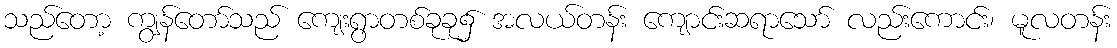
သည်တော့ ကျွန်တော်သည် ကျေးရွာတစ်ခုခု၌ အလယ်တန်း ကျောင်းဆရာသော် လည်းကောင်း၊ မူလတန်း